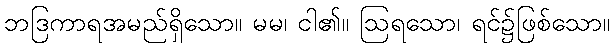
ဘဒြကာရအမည်ရှိသော။ မမ၊ ငါ၏။ ဩရသော၊ ရင်၌ဖြစ်သော။